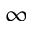
\infty